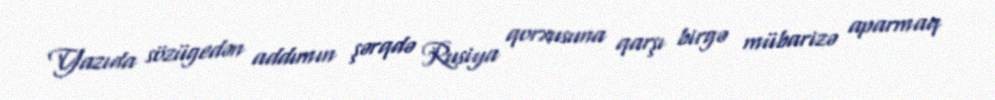
Yazıda sözügedən addımın şərqdə Rusiya qorxusuna qarşı birgə mübarizə aparmaq